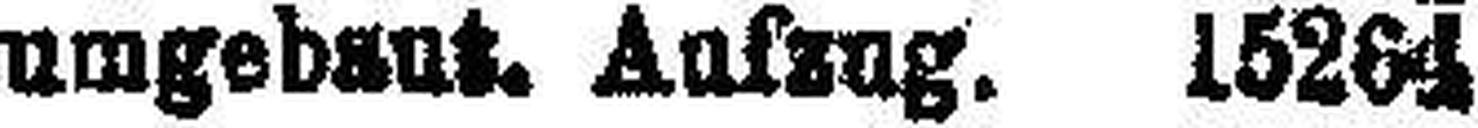
umgebaut. Anfzug. 15264